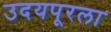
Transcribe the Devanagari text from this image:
उदयपूरला